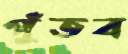
পুঁতব